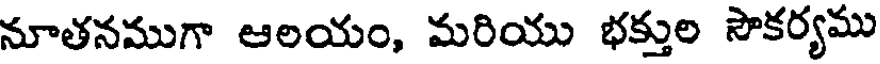
నూతనముగా ఆలయం, మరియు భక్తుల సౌకర్యము